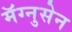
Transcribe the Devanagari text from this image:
मॅग्नुसेन